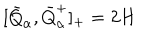
[ \bar { Q } _ { \alpha } , \bar { Q } _ { \alpha } ^ { + } ] _ { + } = 2 H